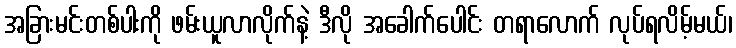
အခြားမင်းတစ်ပါးကို ဖမ်းယူလာလိုက်နဲ့ ဒီလို အခေါက်ပေါင်း တရာလောက် လုပ်ရလိမ့်မယ်၊